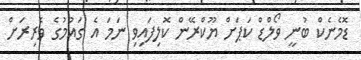
ޑޮމެނެކް ބުނީ ވޯލްޑް ކަޕަށް ޔޫކްރޭން ކޮލިފައިވި ނަމަ އެ ގައުމުގެ ވެރިރަށް